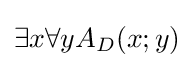
\exists x\forall yA_{D}(x;y)